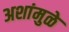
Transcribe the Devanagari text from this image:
अशांमुळे